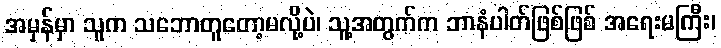
အမှန်မှာ သူက သဘောတူတော့မလို့ပဲ၊ သူ့အတွက်က ဘာနံပါတ်ဖြစ်ဖြစ် အရေးမကြီး၊